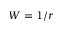
W = 1 / r